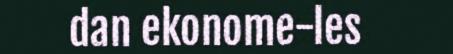
dan ekonome-les